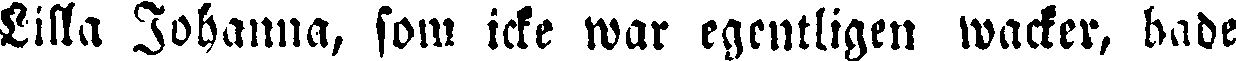
Lilla Johanna, som icke war egentligen wacker, hade